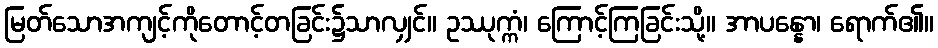
မြတ်သောအကျင့်ကိုတောင့်တခြင်း၌သာလျှင်။ ဥဿုက္ကံ၊ ကြောင့်ကြခြင်းသို့။ အာပန္နော၊ ရောက်၏။